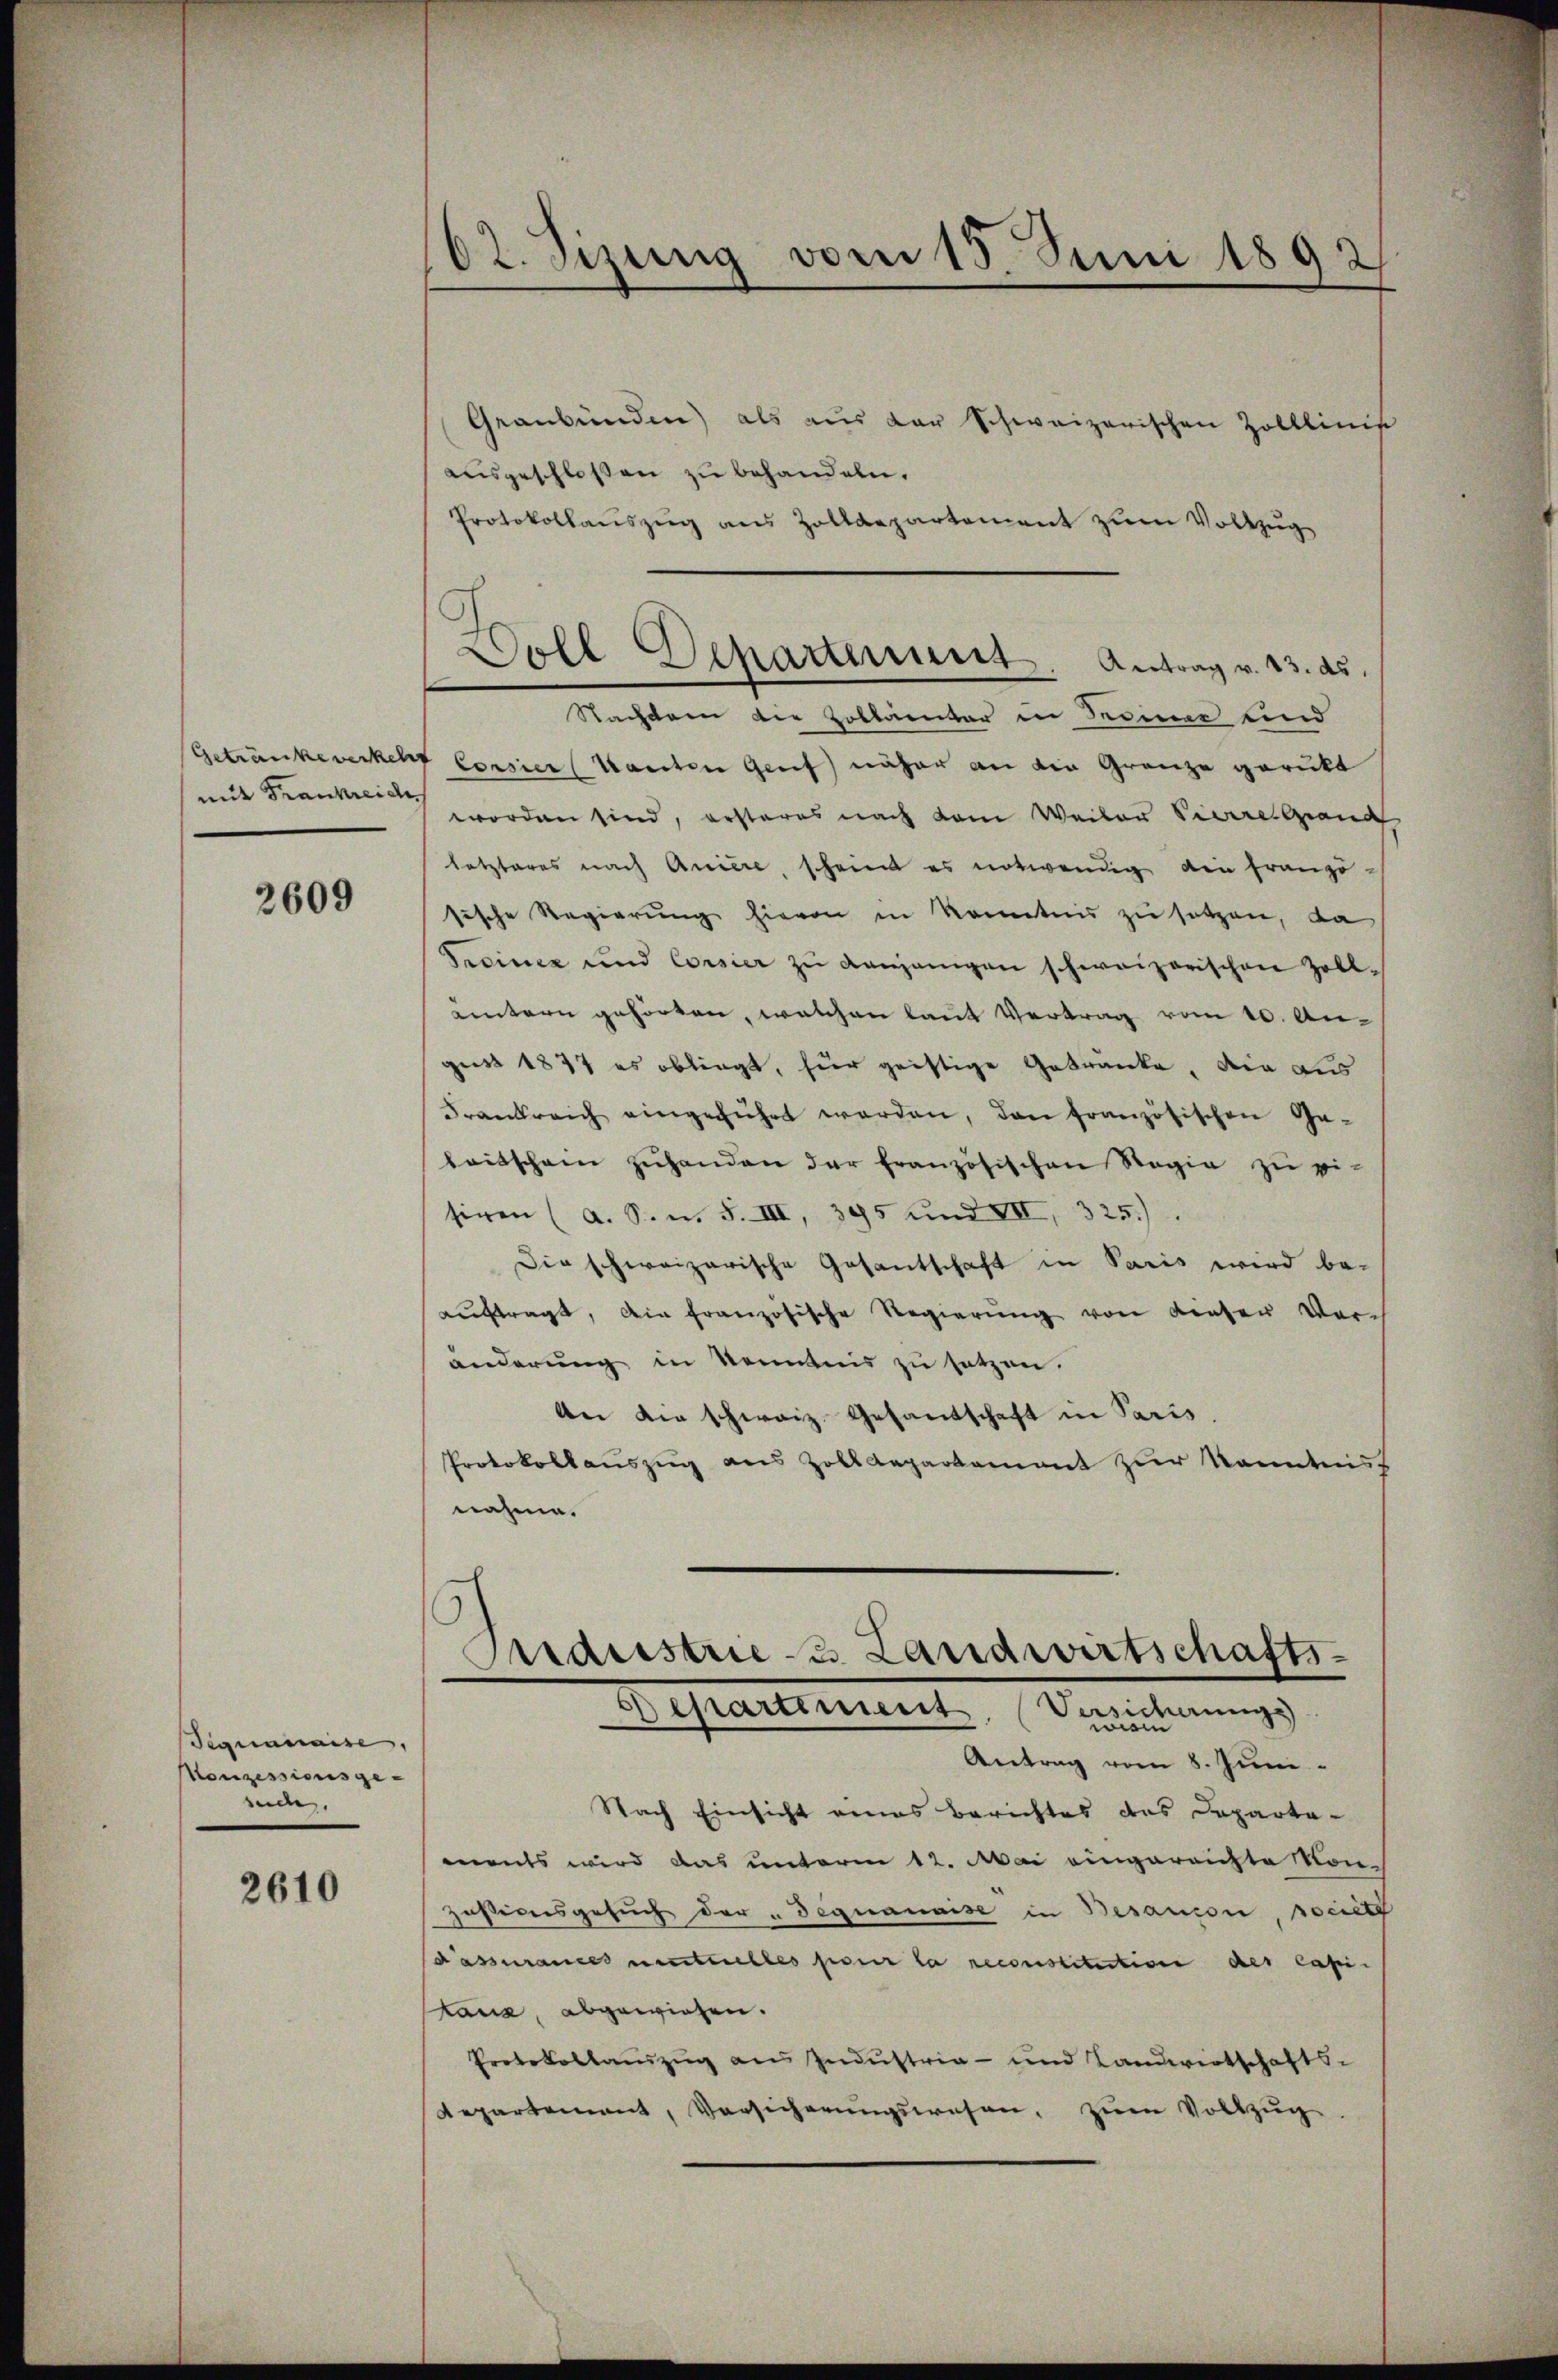
mit Frankreic

2609

Teguanaise,
Konzessionsgesede.

2610

Graubünden) als aus der schweizerischen Zolllinis
ausgeschlossen zu behandeln.
Protokollaŭszŭg ans Zolldepartement zŭm Vollzug
Nachdem die Zollämter in Seiner und
Getränke verkehr Corsier kanten Genf) näher an die Gränze gerückt
worden sind, ersteres nach dem Weiler Vicere Grand
letzteres nach Aniere, scheint es notwendig ain franzö-
sische Regierung hievon in Kenntnis zu setzen, da
Proinez und Corsier zŭ denjenigen schweizerischen Zoll-
untern gehörten, welchen laut Vertrag vom 10. Angust 1877 es obliegt, für geistige Getränke, die aus
Frankreich eingeführt werden, dan französischen Ge-
leitschein zŭ handen der französischen Regia zu eisiren (a. S. m. S. III, 395 und VII, 325.)
Der schweizerische Gesantschaft in Paris wird be-
auftragt, die französische Regierung von dieser Voränderung in Kenntnis zu setzen.
An die schweiz. Gesandschaft in Paris,
Protokollauszug aus Zolldepartement zur Kenntniss
nahme.

bt. Sizung vom 15. Juni 1892

Departiniert. Versicherungs
Antrag vom 8. Juni
Nach Einsicht eines Berichtes des Departa-
ments wird das unterm 12. Mai eingereichte Kon¬
Zasionsgesŭch der Begnanaise in Besanion, societ
Passurances erstelles pour la reconstitution des Capi
skana, abgewiesen.
Protokollauszug aus Industria - und Landwirtschafts-
Repartement, Vorsicherŭngswesen, zum Vollzug

Doll Departerunt. Antrag v. 23. ds.

Maistrie- & Landwirtschafts-
.